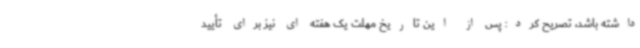
داشته باشد، تصریح کرد: پس از این تاریخ مهلت یک هفته ای نیز برای تأیید